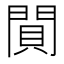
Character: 閴